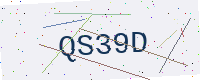
Text: QS39D